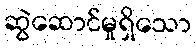
ဆွဲဆောင်မှုရှိသော